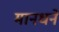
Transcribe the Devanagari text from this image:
मानधने